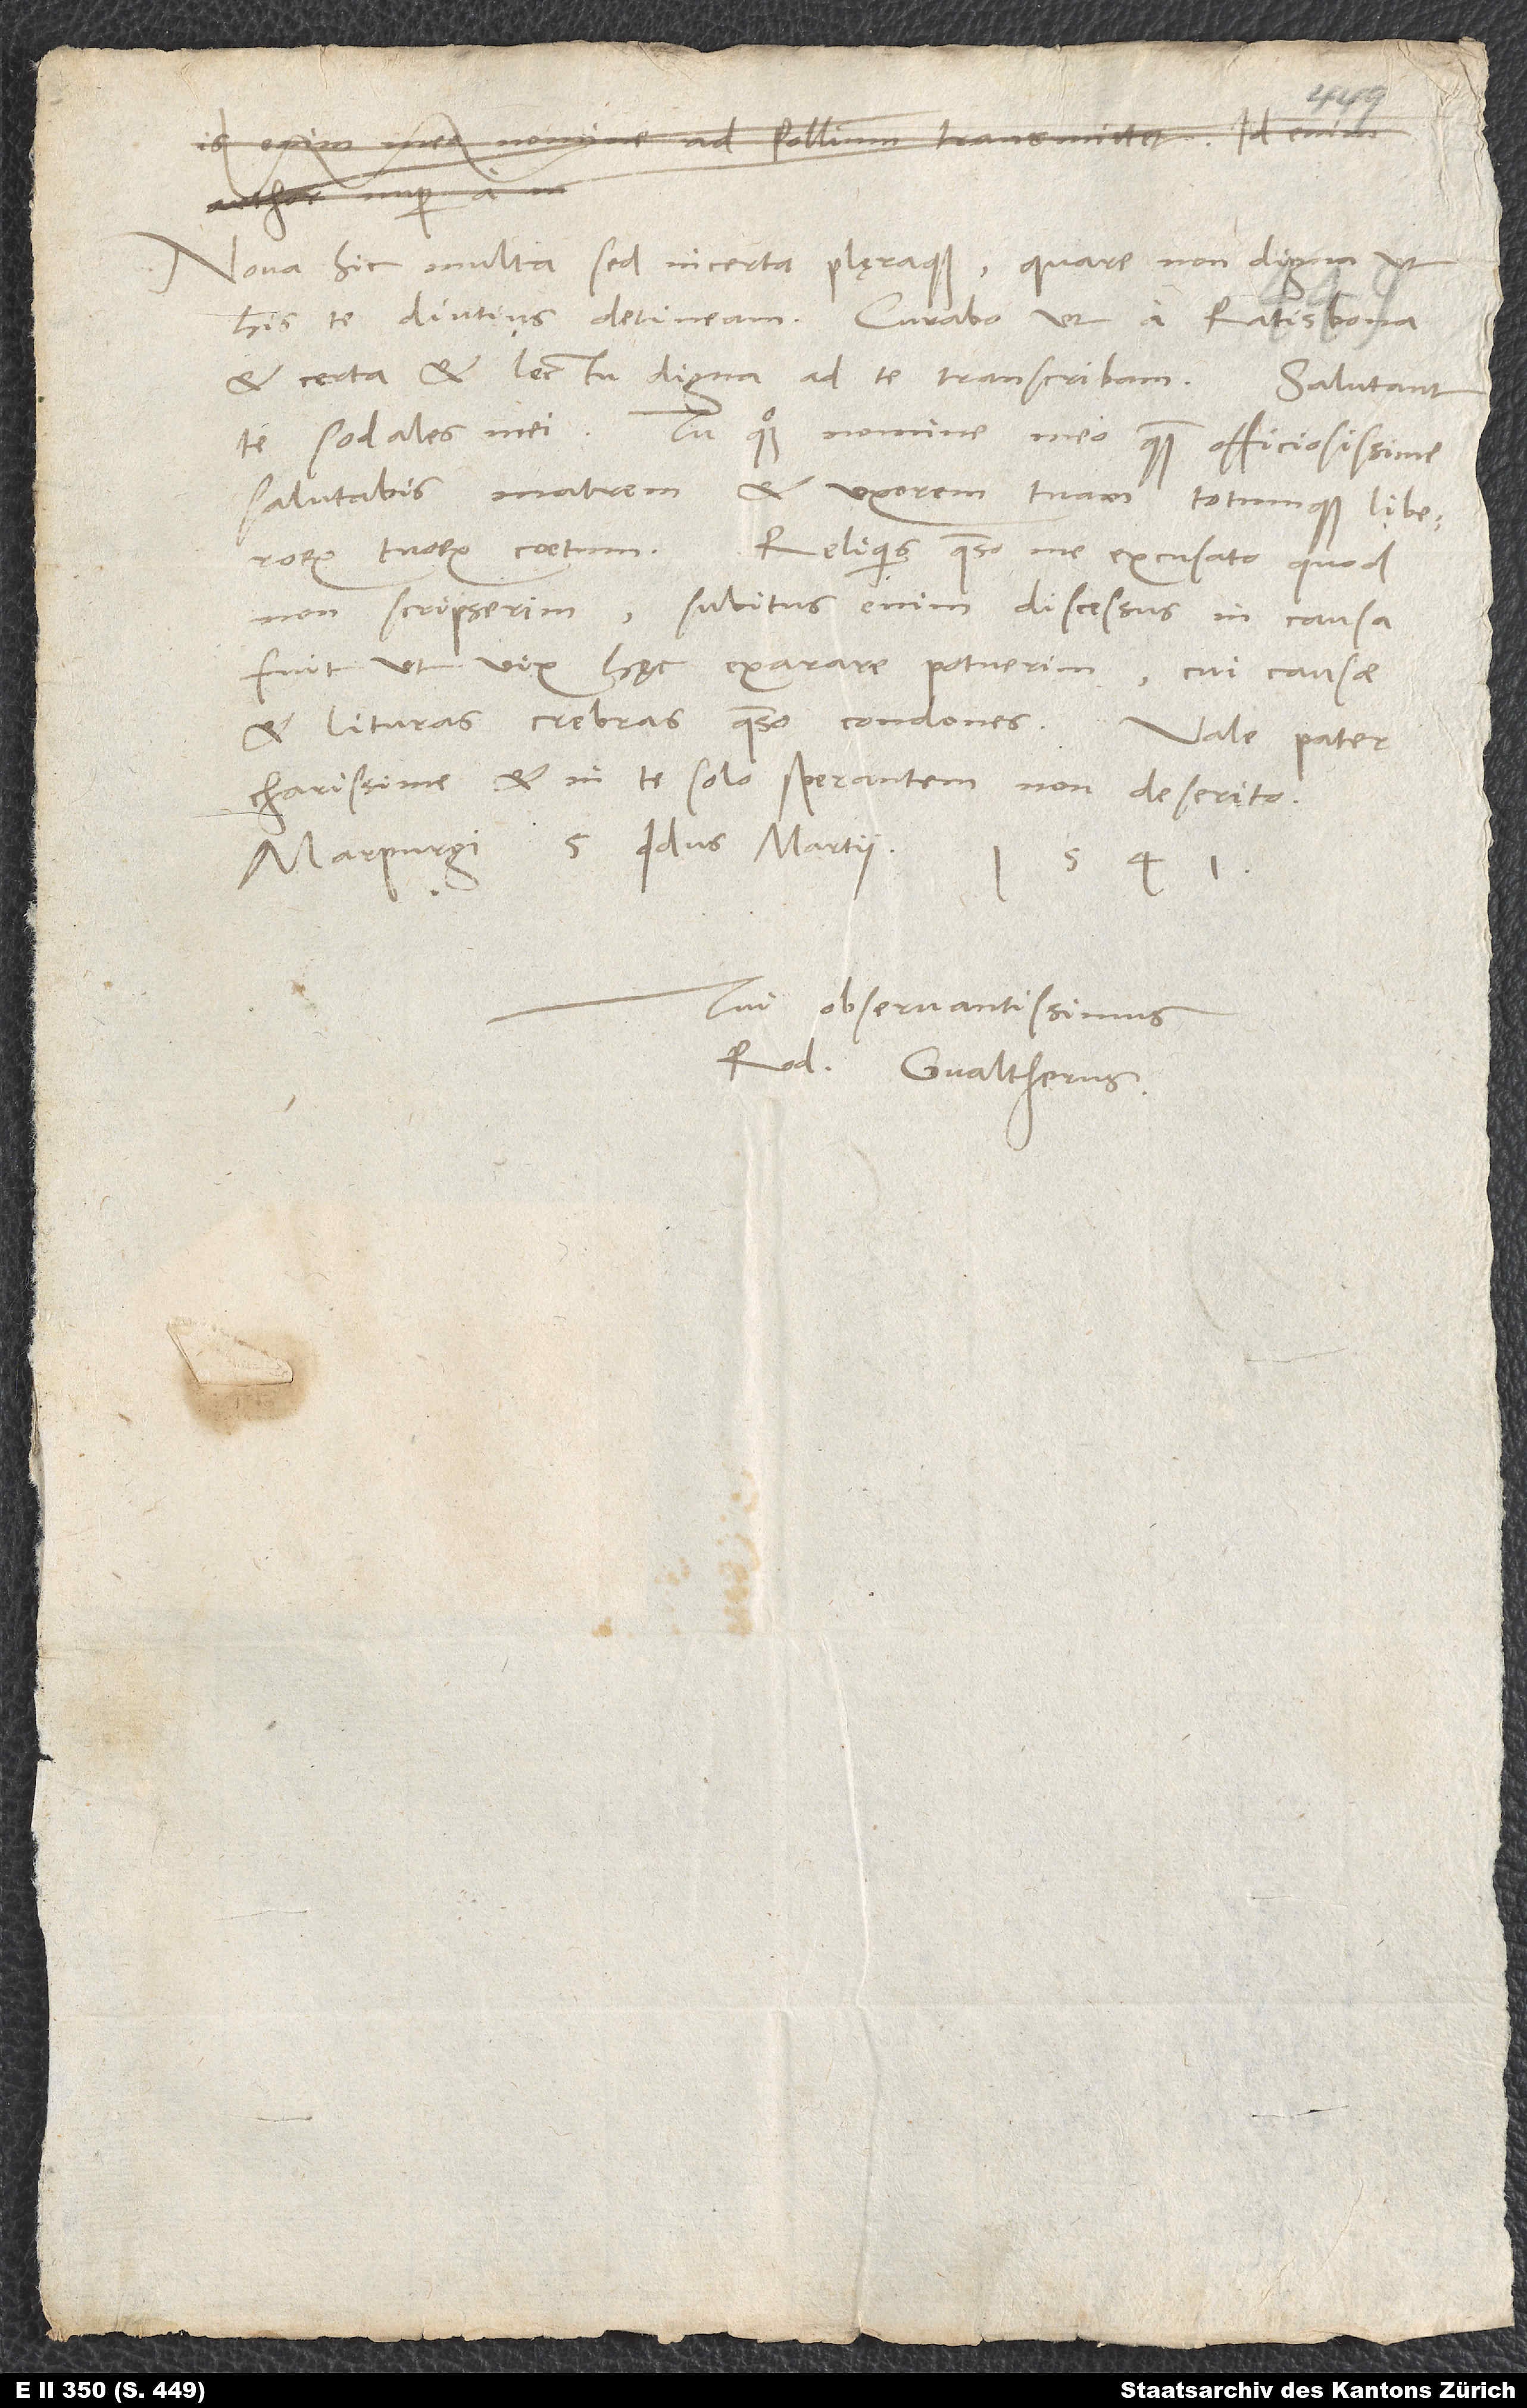
Nova hic multa, sed incerta plęraque, quare non digna, ut
his te diutius detineam. Curabo, ut a Ratisbona
et certa et lectu digna ad te transcribam. Salutant
te sodales mei. Tu quoque nomine meo quam officiosissime
salutabis matrem et uxorem tuam totumque liberorum
tuorum coetum. Reliquis, quaeso, me excusato, quod
non scripserim; subitus enim discessus in causa
fuit, ut vix hęc exarare potuerim, cui causae
et lituras crebras, quaeso, condones.
charissime, et in te solo sperantem non deserito.
Marpurgi, 5. idus martii
1541.
Tui observantissimus
Rod. Gvaltherus.